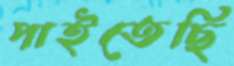
পাইতেছি